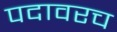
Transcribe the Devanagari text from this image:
पदावरच